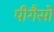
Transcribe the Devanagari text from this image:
पीगैसो